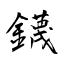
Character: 鑖